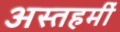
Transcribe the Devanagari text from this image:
अस्तहमीं